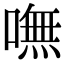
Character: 嘸